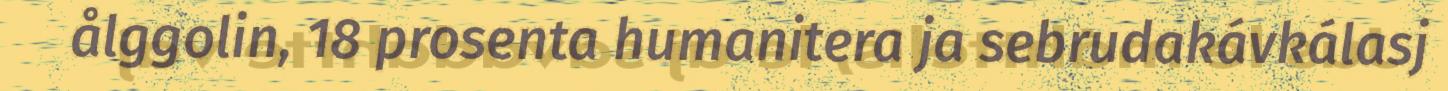
ålggolin, 18 prosenta humanitera ja sebrudakávkálasj